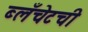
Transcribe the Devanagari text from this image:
ब्लँचेटची